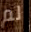
لم